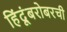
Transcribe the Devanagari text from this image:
हिंदूंबरोबरची